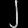
Digit: ၂